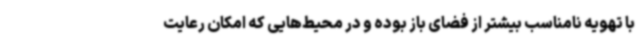
با تهویه نامناسب بیشتر از فضای باز بوده و در محیط‌هایی که امکان رعایت